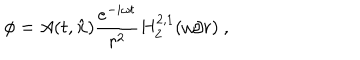
LaTeX: \phi = A ( t , { \bf \hat { x } } ) \frac { e ^ { - i \omega t } } { r ^ { 2 } } H _ { 2 } ^ { 2 , 1 } ( \omega / r ) \ ,